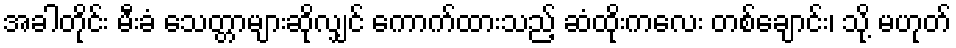
အခါတိုင်း မီးခံ သေတ္တာများဆိုလျှင် ကောက်ထားသည့် ဆံထိုးကလေး တစ်ချောင်း၊ သို့ မဟုတ်